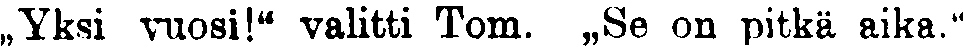
,,Yksi vuosi!'' valitti Tom. ,,Se on pitkä aika.''